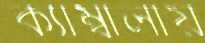
ক্যাম্বালায়